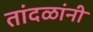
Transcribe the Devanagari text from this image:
तांदळांनी